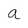
Character: a